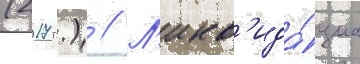
(2017 г.) // Л'икв'ида́циа